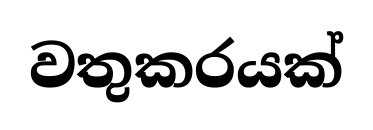
වතුකරයක්